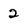
Character: 2